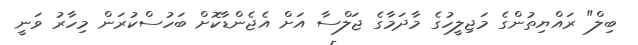
ބިލް" ރައްޔިތުންގެ މަޖިލީހުގެ މާދަމާގެ ޖަލްސާ އަށް އެޖެންޑާކޮށް ބަހުސްކުރަން މިހާރު ވަނީ